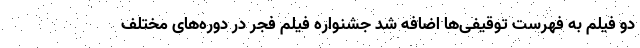
دو فیلم به فهرست توقیفی‌ها اضافه شد جشنواره فیلم فجر در دوره‌های مختلف